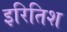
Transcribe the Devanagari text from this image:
इरितिश